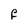
Character: F